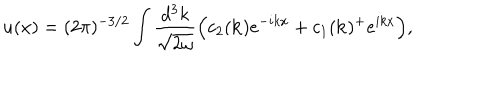
u ( x ) = ( 2 \pi ) ^ { - 3 / 2 } \int \frac { d ^ { 3 } k } { \sqrt { 2 \omega } } \Bigl ( c _ { 2 } ( { \bf { k } } ) e ^ { - i k x } + c _ { 1 } ( { \bf { k } } ) ^ { + } e ^ { i k x } \Bigr ) ,